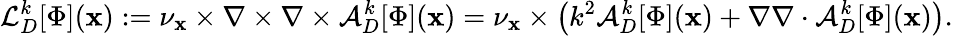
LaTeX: \mathcal{L}_{D}^{k}[\Phi](\mathbf{x}):=\nu_{\mathbf{x}}\times\nabla\times\nabla\times\mathcal{A}_{D}^{k}[\Phi](\mathbf{x})=\nu_{\mathbf{x}}\times\big(k^{2}\mathcal{A}_{D}^{k}[\Phi](\mathbf{x})+\nabla\nabla\cdot\mathcal{A}_{D}^{k}[\Phi](\mathbf{x})\big).